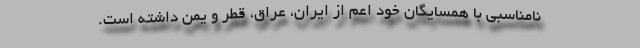
نامناسبی با همسایگان خود اعم از ایران، عراق، قطر و یمن داشته است.